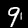
Digit: 9